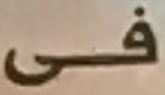
فى